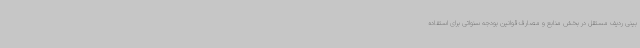
بینی ردیف مستقل در بخش منابع و مصارف قوانین بودجه سنواتی برای استفاده